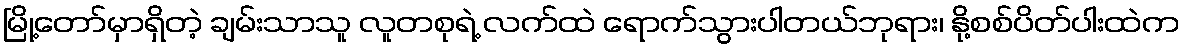
မြို့တော်မှာရှိတဲ့ ချမ်းသာသူ လူတစုရဲ့ လက်ထဲ ရောက်သွားပါတယ်ဘုရား၊ နို့စစ်ပိတ်ပါးထဲက